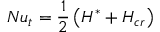
N u _ { t } = \frac { 1 } { 2 } \left( H ^ { * } + H _ { c r } \right)